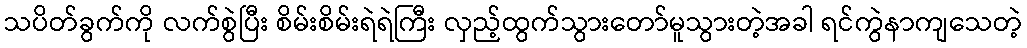
သပိတ်ခွက်ကို လက်စွဲပြီး စိမ်းစိမ်းရဲရဲကြီး လှည့်ထွက်သွားတော်မူသွားတဲ့အခါ ရင်ကွဲနာကျသေတဲ့